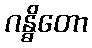
ဂန္ဓိတော